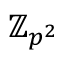
\mathbb { Z } _ { p ^ { 2 } }